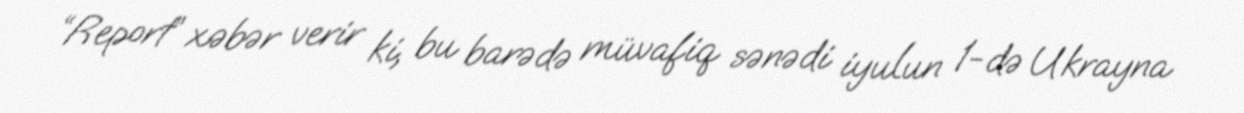
“Report” xəbər verir ki, bu barədə müvafiq sənədi iyulun 1-də Ukrayna